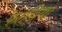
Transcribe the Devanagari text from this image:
फाडि़या